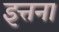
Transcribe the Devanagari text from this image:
इत्तना